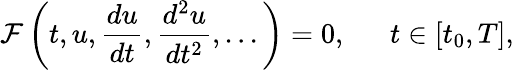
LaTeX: \mathcal{F}\left(t,u,\frac{du}{dt},\frac{d^{2}u}{dt^{2}},...\right)=0,\ \ \ \ \ \ t\in\left[t_{0},T\right],